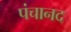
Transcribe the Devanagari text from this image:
पंचानद